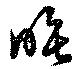
睡